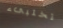
تختبىء